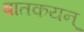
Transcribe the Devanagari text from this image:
बातकयन्